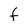
Character: F